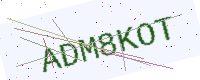
Text: ADM8KOT